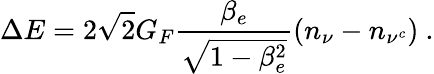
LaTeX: \Delta E=2\sqrt{2}G_{F}\frac{\beta_{e}}{\sqrt{1-\beta_{e}^{2}}}\left(n_{\nu}-n_{\nu^{c}}\right)~.